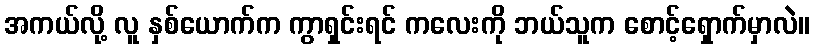
အကယ်လို့ လူ နှစ်ယောက်က ကွာရှင်းရင် ကလေးကို ဘယ်သူက စောင့်ရှောက်မှာလဲ။